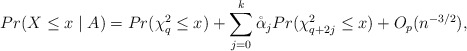
\begin{align*}Pr(X \leq x \mid A)=Pr(\chi^2_q \leq x) +\sum_{j=0}^k \mathring \alpha_j Pr(\chi^2_{q+2j} \leq x)+O_p(n^{-3/2}),\end{align*}